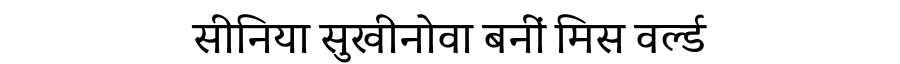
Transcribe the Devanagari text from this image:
सीनिया सुखीनोवा बनीं मिस वर्ल्ड